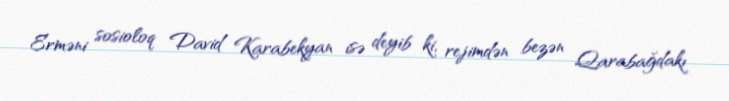
Erməni sosioloq David Karabekyan isə deyib ki, rejimdən bezən Qarabağdakı